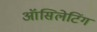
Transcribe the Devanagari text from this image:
ऑसिलेटिंग